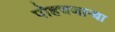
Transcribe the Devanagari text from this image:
पोहचणाऱ्या